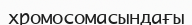
хромосомасындағы